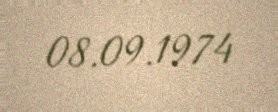
08.09.1974